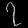
Digit: ၇